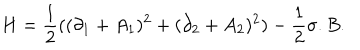
H = { \frac { 1 } { 2 } } ( ( \partial _ { 1 } + A _ { 1 } ) ^ { 2 } + ( \partial _ { 2 } + A _ { 2 } ) ^ { 2 } ) - { \frac { 1 } { 2 } } { \sigma } . B .